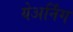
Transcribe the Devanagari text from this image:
येअर्निंग